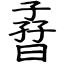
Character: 孴